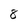
Character: 8